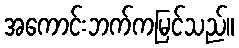
အကောင်းဘက်ကမြင်သည်။